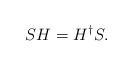
LaTeX: \begin{align*}SH=H^\dagger S.\end{align*}